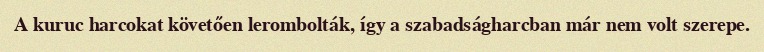
A kuruc harcokat követően lerombolták, így a szabadságharcban már nem volt szerepe.